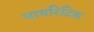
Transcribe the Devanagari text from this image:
पायरिटिक